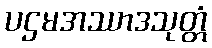
ပဌမအဿာဒသုတ္တံ